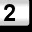
Digit: 2